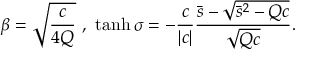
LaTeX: \beta = \sqrt { \frac { c } { 4 Q } } \ , \ \operatorname { t a n h } \sigma = - \frac { c } { | c | } \frac { \bar { s } - \sqrt { \bar { s } ^ { 2 } - Q c } } { \sqrt { Q c } } .